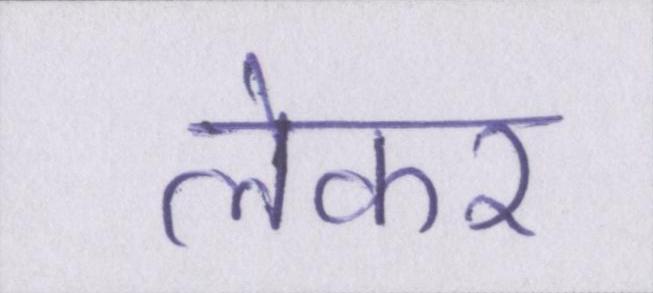
लेकर